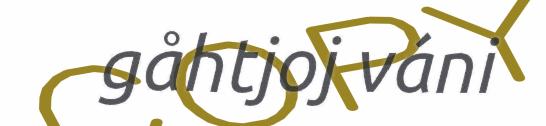
gåhtjoj váni